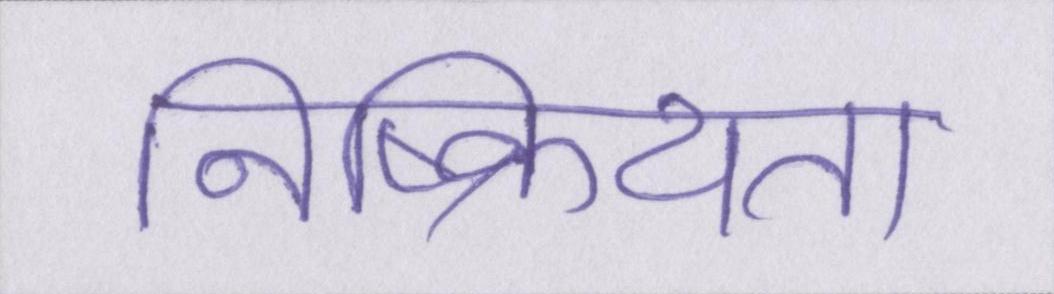
निष्क्रियता